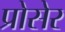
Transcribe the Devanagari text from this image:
प्रोसेर